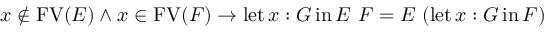
x \not \in \operatorname { F V } ( E ) \land x \in \operatorname { F V } ( F ) \to \operatorname { l e t } x : G \operatorname { i n } E \ F = E \ ( \operatorname { l e t } x : G \operatorname { i n } F )